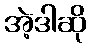
အဲ့ဒါဆို